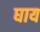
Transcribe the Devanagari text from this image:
घाय